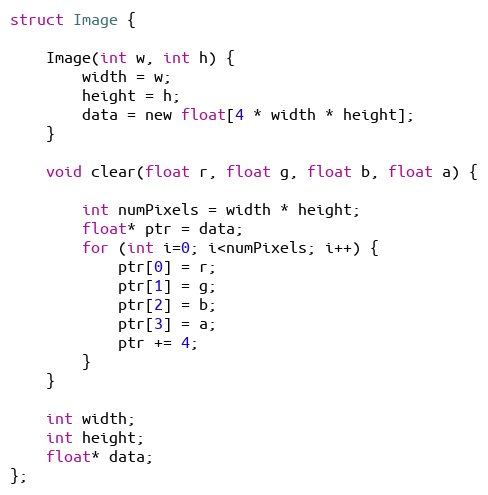
Language: C
struct Image {

    Image(int w, int h) {
        width = w;
        height = h;
        data = new float[4 * width * height];
    }

    void clear(float r, float g, float b, float a) {

        int numPixels = width * height;
        float* ptr = data;
        for (int i=0; i<numPixels; i++) {
            ptr[0] = r;
            ptr[1] = g;
            ptr[2] = b;
            ptr[3] = a;
            ptr += 4;
        }
    }

    int width;
    int height;
    float* data;
};